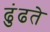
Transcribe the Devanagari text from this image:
ढुंढते